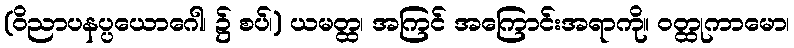
(ဝိညာပနပ္ပယောဂေါ၊ ၌ စပ်၊) ယမတ္ထ၊ အကြင် အကြောင်းအရာကို။ ဝတ္ထုကာမော၊